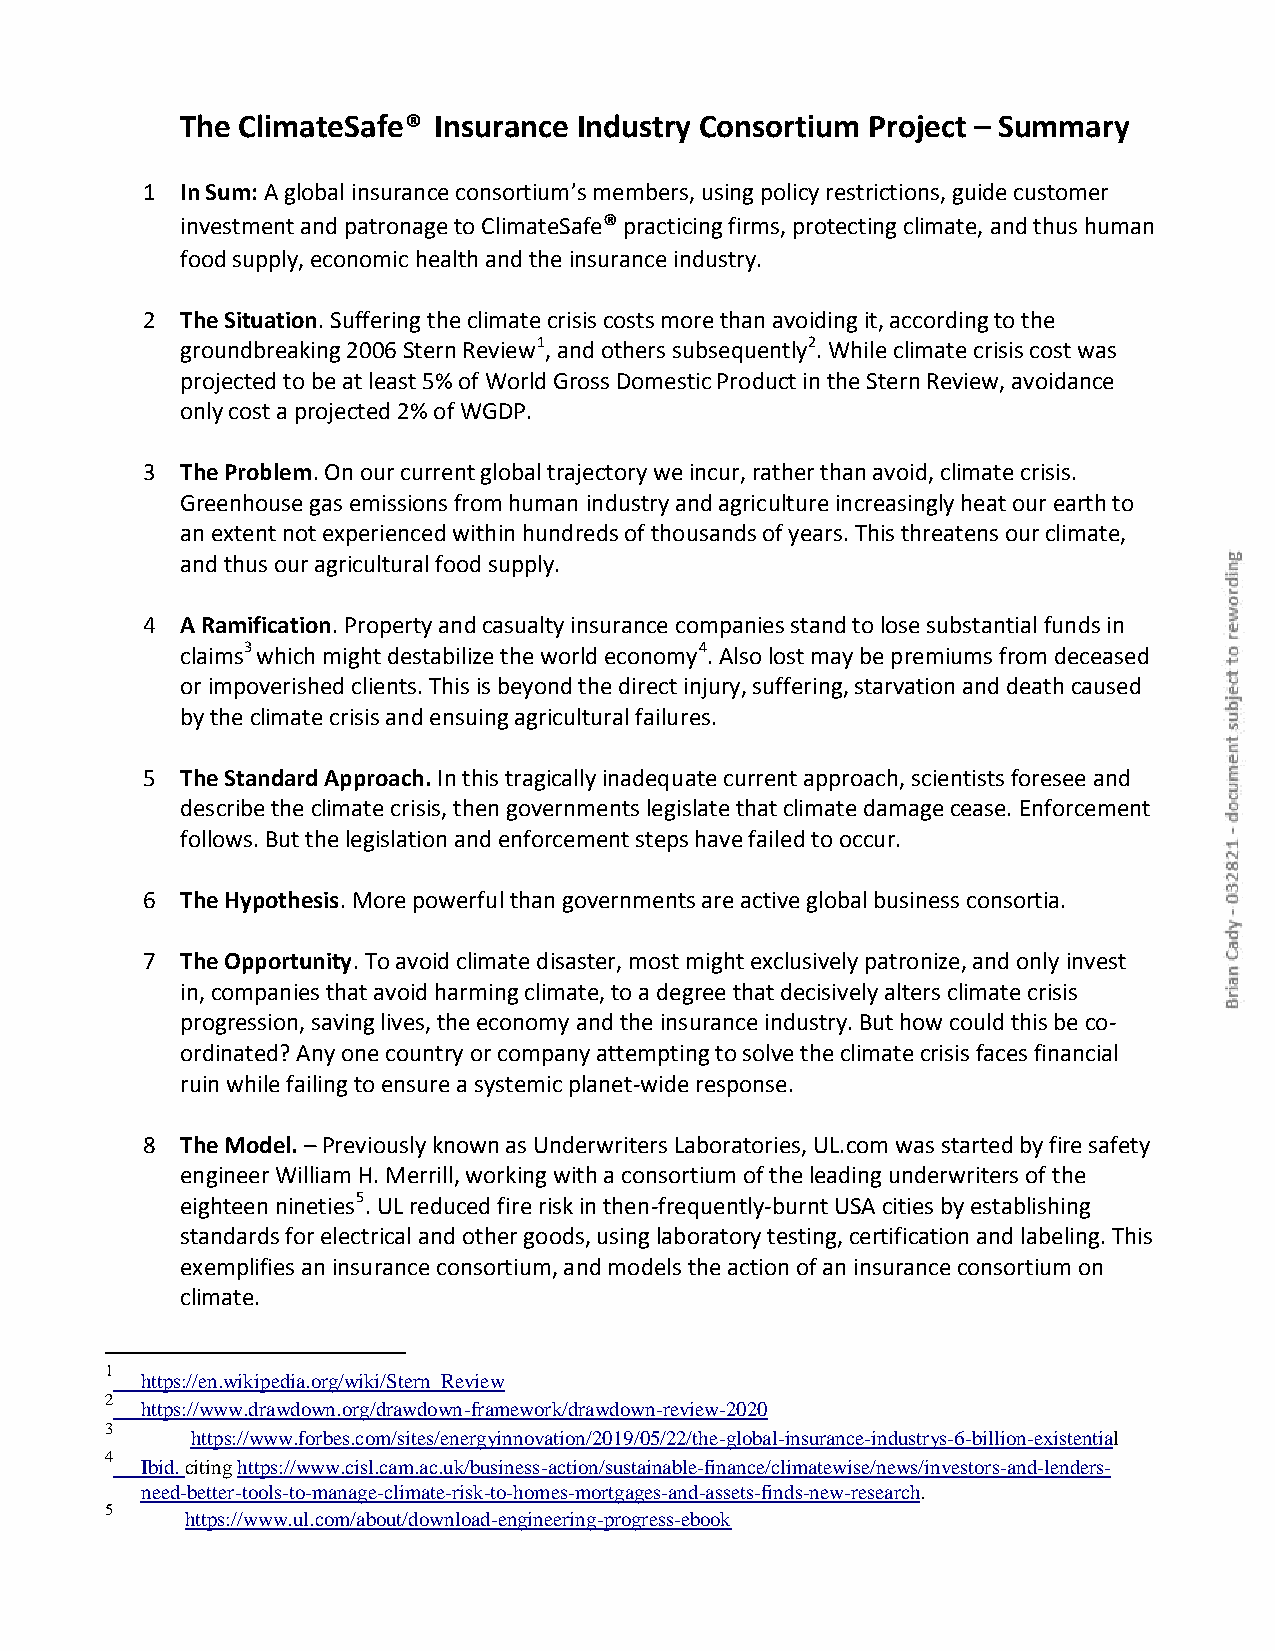
The ClimateSafe® Insurance Industry Consortium Project – Summary
 1  In Sum: A global insurance consortium’s members, using policy restrictions, guide customer
 investment and patronage to ClimateSafe® practicing firms, protecting climate, and thus human
 food supply, economic health and the insurance industry.
 2  The Situation. Suffering the climate crisis costs more than avoiding it, according to the
 groundbreaking 2006 Stern Review1, and others subsequently2. While climate crisis cost was
 projected to be at least 5% of World Gross Domestic Product in the Stern Review, avoidance
 only cost a projected 2% of WGDP.
 3  The Problem. On our current global trajectory we incur, rather than avoid, climate crisis.
 Greenhouse gas emissions from human industry and agriculture increasingly heat our earth to
 an extent not experienced within hundreds of thousands of years. This threatens our climate,
 and thus our agricultural food supply.
 4  A Ramification. Property and casualty insurance companies stand to lose substantial funds in
 claims3 which might destabilize the world economy4. Also lost may be premiums from deceased
 or impoverished clients. This is beyond the direct injury, suffering, starvation and death caused
 by the climate crisis and ensuing agricultural failures.
 5  The Standard Approach. In this tragically inadequate current approach, scientists foresee and
 describe the climate crisis, then governments legislate that climate damage cease. Enforcement
 follows. But the legislation and enforcement steps have failed to occur.
 6  The Hypothesis. More powerful than governments are active global business consortia.
 7  The Opportunity. To avoid climate disaster, most might exclusively patronize, and only invest
 in, companies that avoid harming climate, to a degree that decisively alters climate crisis
 progression, saving lives, the economy and the insurance industry. But how could this be co-
 ordinated? Any one country or company attempting to solve the climate crisis faces financial
 ruin while failing to ensure a systemic planet-wide response.
 8  The Model. – Previously known as Underwriters Laboratories, UL.com was started by fire safety
 engineer William H. Merrill, working with a consortium of the leading underwriters of the
 eighteen nineties5. UL reduced fire risk in then-frequently-burnt USA cities by establishing
 standards for electrical and other goods, using laboratory testing, certification and labeling. This
 exemplifies an insurance consortium, and models the action of an insurance consortium on
 climate.
 1
 https://en.wikipedia.org/wiki/Stern_Review
 2
 https://www.drawdown.org/drawdown-framework/drawdown-review-2020
 3
 https://www.forbes.com/sites/energyinnovation/2019/05/22/the-global-insurance-industrys-6-billion-existential
 4
 Ibid. citing https://www.cisl.cam.ac.uk/business-action/sustainable-finance/climatewise/news/investors-and-lenders-
 need-better-tools-to-manage-climate-risk-to-homes-mortgages-and-assets-finds-new-research.
 5
 https://www.ul.com/about/download-engineering-progress-ebook